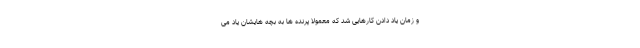
و زمان یاد دادن کارهایی شد که معمولا پرنده ها به بچه هایشان یاد می